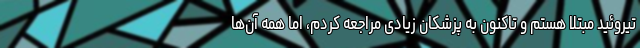
تیروئید مبتلا هستم و تاکنون به پزشکان زیادی مراجعه کردم، اما همه آن‌ها